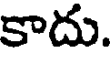
కాదు.